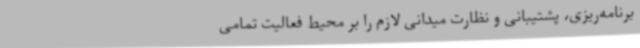
برنامه‌ریزی، پشتیبانی و نظارت میدانی لازم را بر محیط فعالیت تمامی